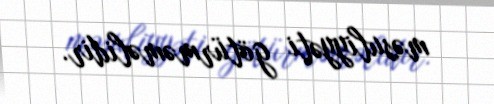
məsuliyyəti götürməməlidir.